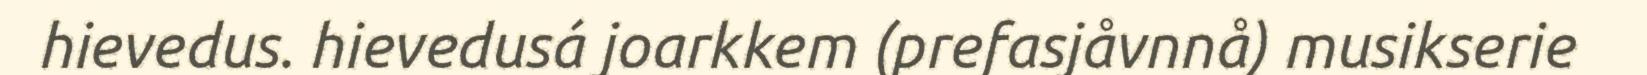
hievedus. hievedusá joarkkem (prefasjåvnnå) musikserie